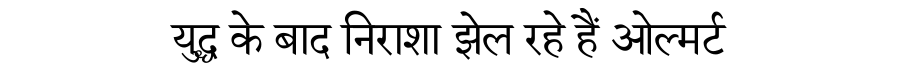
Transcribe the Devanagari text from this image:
युद्ध के बाद निराशा झेल रहे हैं ओल्मर्ट